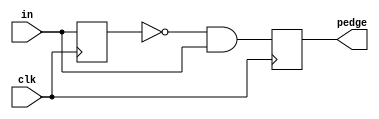
module top_module (
    input clk,
    input [7:0] in,
    output [7:0] pedge
);
    reg [7:0]previous;
    
    always @ (posedge clk) begin
        previous<= in;
        pedge<= (~previous) & in; // not previous and is 1
    end
endmodule